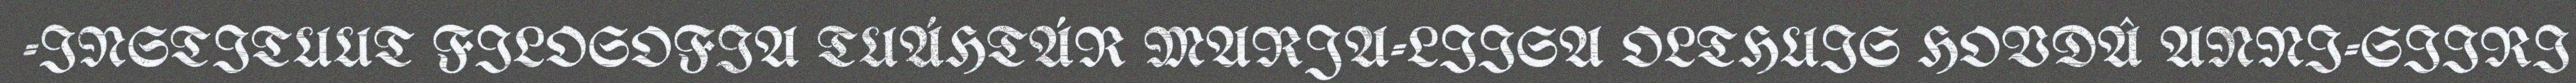
-INSTITUUT FILOSOFIA TUÁHTÁR MARJA-LIISA OLTHUIS HOVDÂ ANNI-SIIRI